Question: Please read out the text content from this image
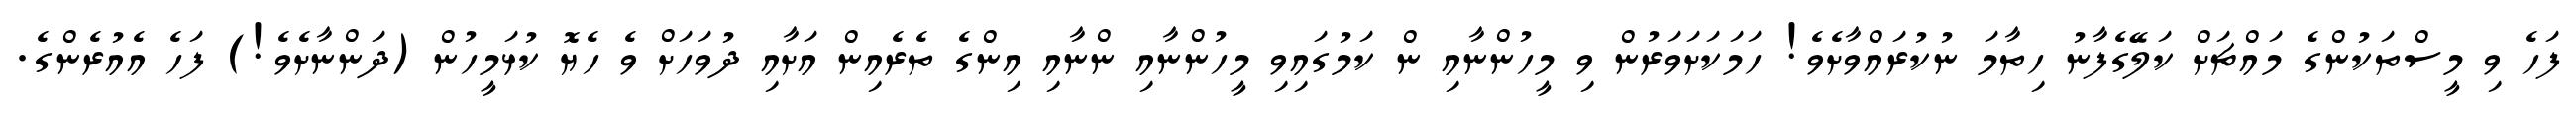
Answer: ފަހެ ވި މީސްތަކުންގެ މައްޗަށް ކަލޭގެފާނު ހިތާމަ ނުކުރައްވާށެވެ! ހަމަކަށަވަރުން ވި މީހުންނާއި ން ކަމުގައިވި މީހުންނާއި ންނާއި އިންގެ ތެރެއިން އަށާއި ދުވަހަށް ވެ ހެޔޮ ކުޅަމީހުން (ދަންނާށެވެ!) ފަހެ އެއުރެންގެ.